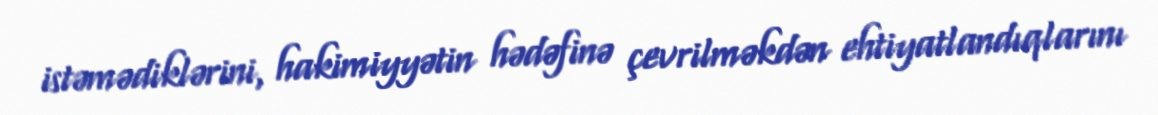
istəmədiklərini, hakimiyyətin hədəfinə çevrilməkdən ehtiyatlandıqlarını